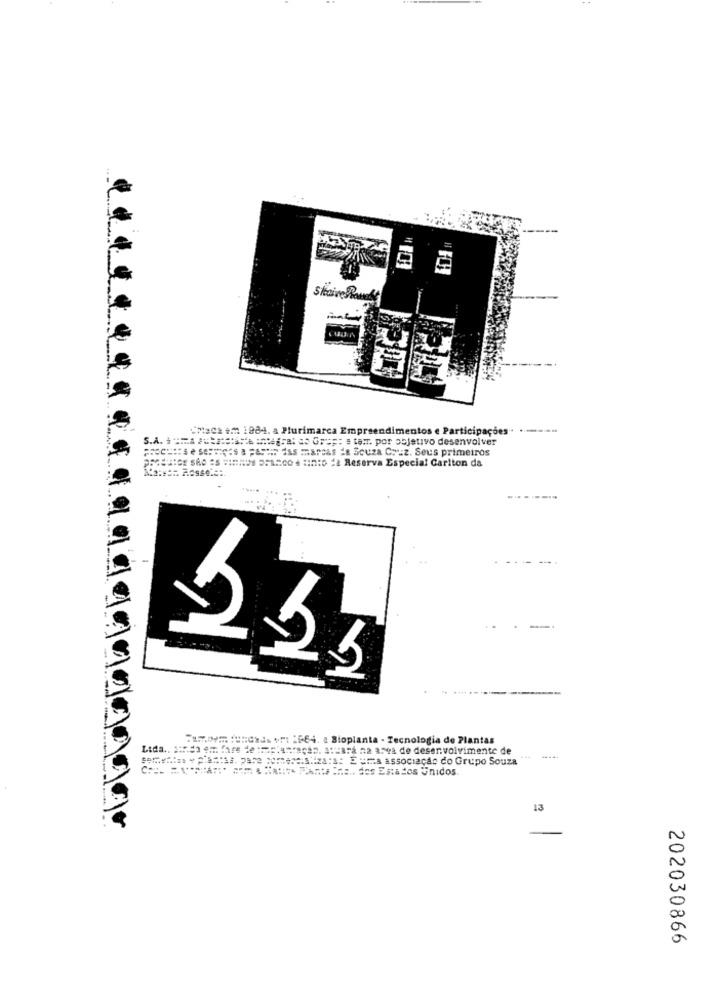
Skaive Rouest
"Mada im 198-4. a Plurimarca Empreendimentos e Participações".
S.A. + == A ====== = 45el a Gre e tem por objetivo desenvolver
===== se SI, a Far " ma " Sua Cz. Seus primeiros
PRGELIGE SÃO AS HIONIN SCAR00 4 In:6 -2 Reserva Especial Carlton da
23
:AMOV SUCHU1 1 1564. ¿ Bioplanta - Tecnologia de Plantas
Lida .. 2:do em fare de :maplantação. Stará na ama de desenvolvimento de
someatms + Plattal. pare comese.s.iza : s: E uma associação do Grupo Souza
13
202030866